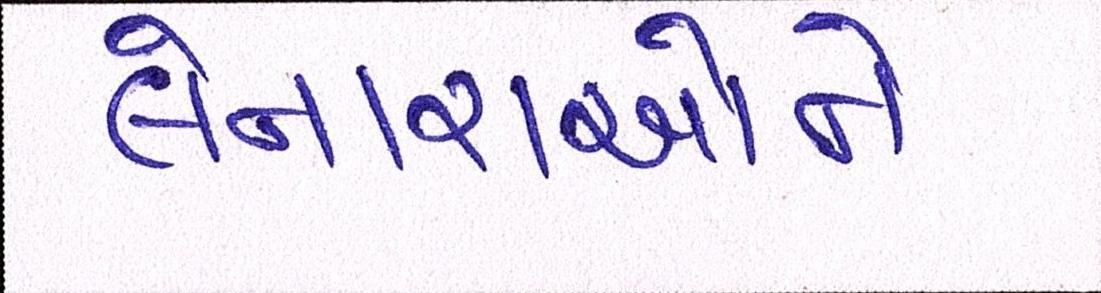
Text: લેનારાઓને